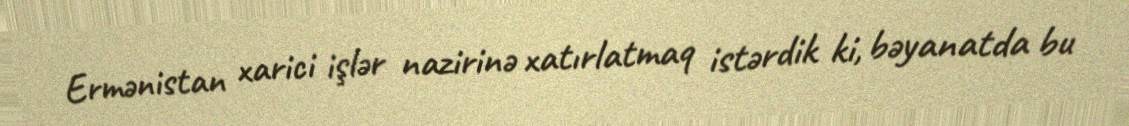
Ermənistan xarici işlər nazirinə xatırlatmaq istərdik ki, bəyanatda bu